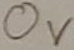
Text: 0V